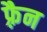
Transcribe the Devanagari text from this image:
फ़्रैन